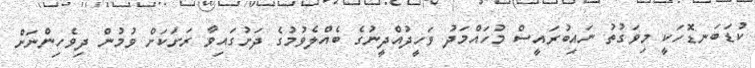
ކުޑަބަނޑޮހަކީ މިވަގުތު ނައިބުރައީސް މުހައްމަދު ވަހީދުއްދީނުގެ ބެއްލެވުމުގެ ދަށުގައިވާ ރަށަކަށް ވުމުން ދިވެހިންނަށް